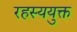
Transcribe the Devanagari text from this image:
रहस्ययुक्त